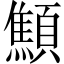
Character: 顦